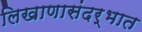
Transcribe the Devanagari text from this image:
लिखाणासंदर्भात